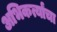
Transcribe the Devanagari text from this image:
अभिकर्त्यांचा